Annual report on the lock hospitals of the Madras Presidency
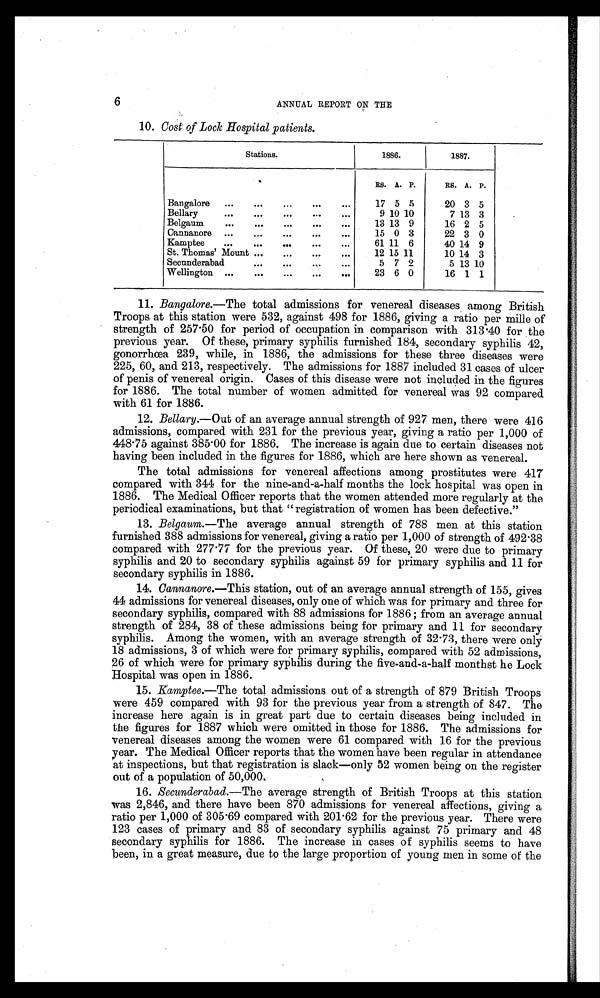
6
ANNUAL REPORT ON THE
10. Cost of Lock Hospital patients.
Stations.
1886.
1887.
RS. A. P.
Rs. A. P.
Bangalore ...
...
...
. . .
17 5 5
20 3 5
Bellary
...
...
...
...
...
9 10 10
7 13 3
Belgaum
...
...
...
...
. . .
13 13 9
16 2 5
Cannanore ...
...
...
...
...
15 0 3
22 3 0
Kamptee
...
...
...
...
. . .
61 11 6
40 14 9
St. Thomas' Mount ...
...
...
...
12 15 11
10 14 3
Secunderabad
...
...
...
. . .
5 7 2
5 13 10
Wellington ...
...
...
...
. . .
23 6 0
16 1 1
11. Bangalore.—The total admissions for venereal diseases among British
Troops at this station were 532, against 498 for 1886, giving a ratio per mille of
strength of 257 .50 for period of occupation in comparison with 313 .40 for the
previous year. Of these, primary syphilis furnished 184, secondary syphilis 42,
gonorrhœa 239, while, in 1886, the admissions for these three diseases were
225, 60, and 213, respectively. The admissions for 1887 included 31 cases of ulcer
of penis of venereal origin. Cases of this disease were not included in the figures
for 1886. The total number of women admitted for venereal was 92 compared
with 61 for 1886.
12. Bellary.—Out of an average annual strength of 927 men, there were 416
admissions, compared with 231 for the previous year, giving a ratio per 1,000 of
448 . 75 against 385 . 00 for 1886, The increase is again due to certain diseases not
having been included in the figures for 1886, which are here shown as venereal.
The total admissions for venereal affections among prostitutes were 417
compared with 344 for the nine-and-a-half months the lock hospital was open in
1886. The Medical Officer reports that the women attended more regularly at the
periodical examinations, but that "registration of women has been defective."
13. Belgaum.—T h e
a v e r a g e a n n u a l s t r e n g t h o f 7 8 8 m e n a t t h i s s t a t i o n
furnished 388 admissions for venereal, giving a ratio per 1,000 of strength of 492·38
compared with 277 . 77 for the previous year. Of these, 20 were due to primary
syphilis and 20 to secondary syphilis against 59 for primary syphilis and 11 for
secondary syphilis in 1886.
14. Cannanore.—This station, out of an average annual strength of 155, gives
44 admissions for venereal diseases, only one of which was for primary and three for
secondary syphilis, compared with 88 admissions for 1886; from an average annual
strength of 284, 38 of these admissions being for primary and 11 for secondary
syphilis. Among the women, with an average strength of 32 . 73, there were only
18 admissions, 3 of which were for primary syphilis, compared with 52 admissions,
26 of which were for primary syphilis during the five-and-a-half monthst he Lock
Hospital was open in 1886.
15. Kamptee .—The total admissions out of a strength of 879 British Troops
were 459 compared with 93 for the previous year from a strength of 847. The
increase here again is in great part due to certain diseases being included in
the figures for 1887 which were omitted in those for 1886. The admissions for
venereal diseases among the women were 61 compared with 16 for the previous
year. The Medical Officer reports that the women have been regular in attendance
at inspections, but that registration is slack—only 52 women being on the register
out of a population of 50,000.
16. Secunderabad.—The average strength of British Troops at this station
was 2,846, and there have been 870 admissions for venereal affections, giving a
ratio per 1,000 of 305 . 69 compared with 201 . 62 for the previous year. There were
123 cases of primary and 83 of secondary syphilis against 75 primary and 48
secondary syphilis for 1886. The increase in cases of syphilis seems to have
been, in a great measure, due to the large proportion of young men in some of the